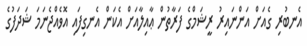
އެނބުރި ގެއަށް އަންނައިރު ރީޝަމްގެ ފަރާތުން ޢާއިލާއަށް އެކަން އެނގިފައި އޮވެއްޖެނަމަ ޝަދަފުގެ